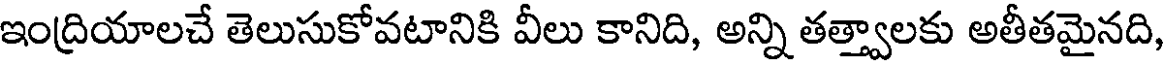
ఇంద్రియాలచే తెలుసుకోవటానికి వీలు కానిది, అన్ని తత్త్వాలకు అతీతమైనది,